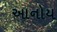
આનોય